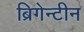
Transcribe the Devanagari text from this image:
ब्रिगेन्टीन